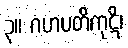
၃။ ဂဟပတိကုဋိ၊